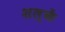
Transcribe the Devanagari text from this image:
शल्कें